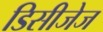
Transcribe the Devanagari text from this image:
डिसीजेज